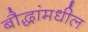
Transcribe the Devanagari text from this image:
बौद्धांमधील